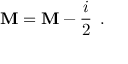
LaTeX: { \bf \cal M } = { \bf M } - \frac { i } { 2 } \, { \bf \Gamma } .